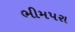
ભીમપરા